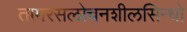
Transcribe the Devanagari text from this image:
तामरसलोचनशीलसिन्धो